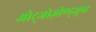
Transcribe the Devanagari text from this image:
ओट्जोज़ोण्ड्जुपा